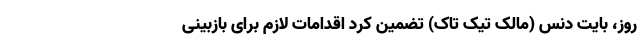
روز، بایت دنس (مالک تیک تاک) تضمین کرد اقدامات لازم برای بازبینی